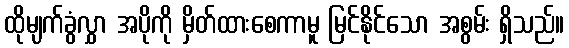
ထိုမျက်ခွံလွှာ အပိုကို မှိတ်ထားစေကာမူ မြင်နိုင်သော အစွမ်း ရှိသည်။